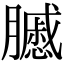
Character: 𦢑